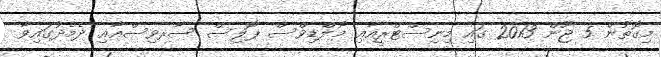
މިގޮތުން 5 ޖޫން 2013 ގައި މިނިސްޓްރީއާޢި މޯލްޑިވްސް ޕޮލިސް ސާރވިސްއާޢި ދެމެދުގައިވާ